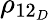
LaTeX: \rho_{12_{D}}